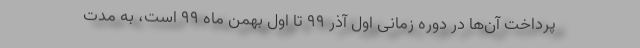
پرداخت آن‌ها در دوره زمانی اول آذر ۹۹ تا اول بهمن ماه ۹۹ است، به مدت